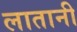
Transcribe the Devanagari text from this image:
लातानी